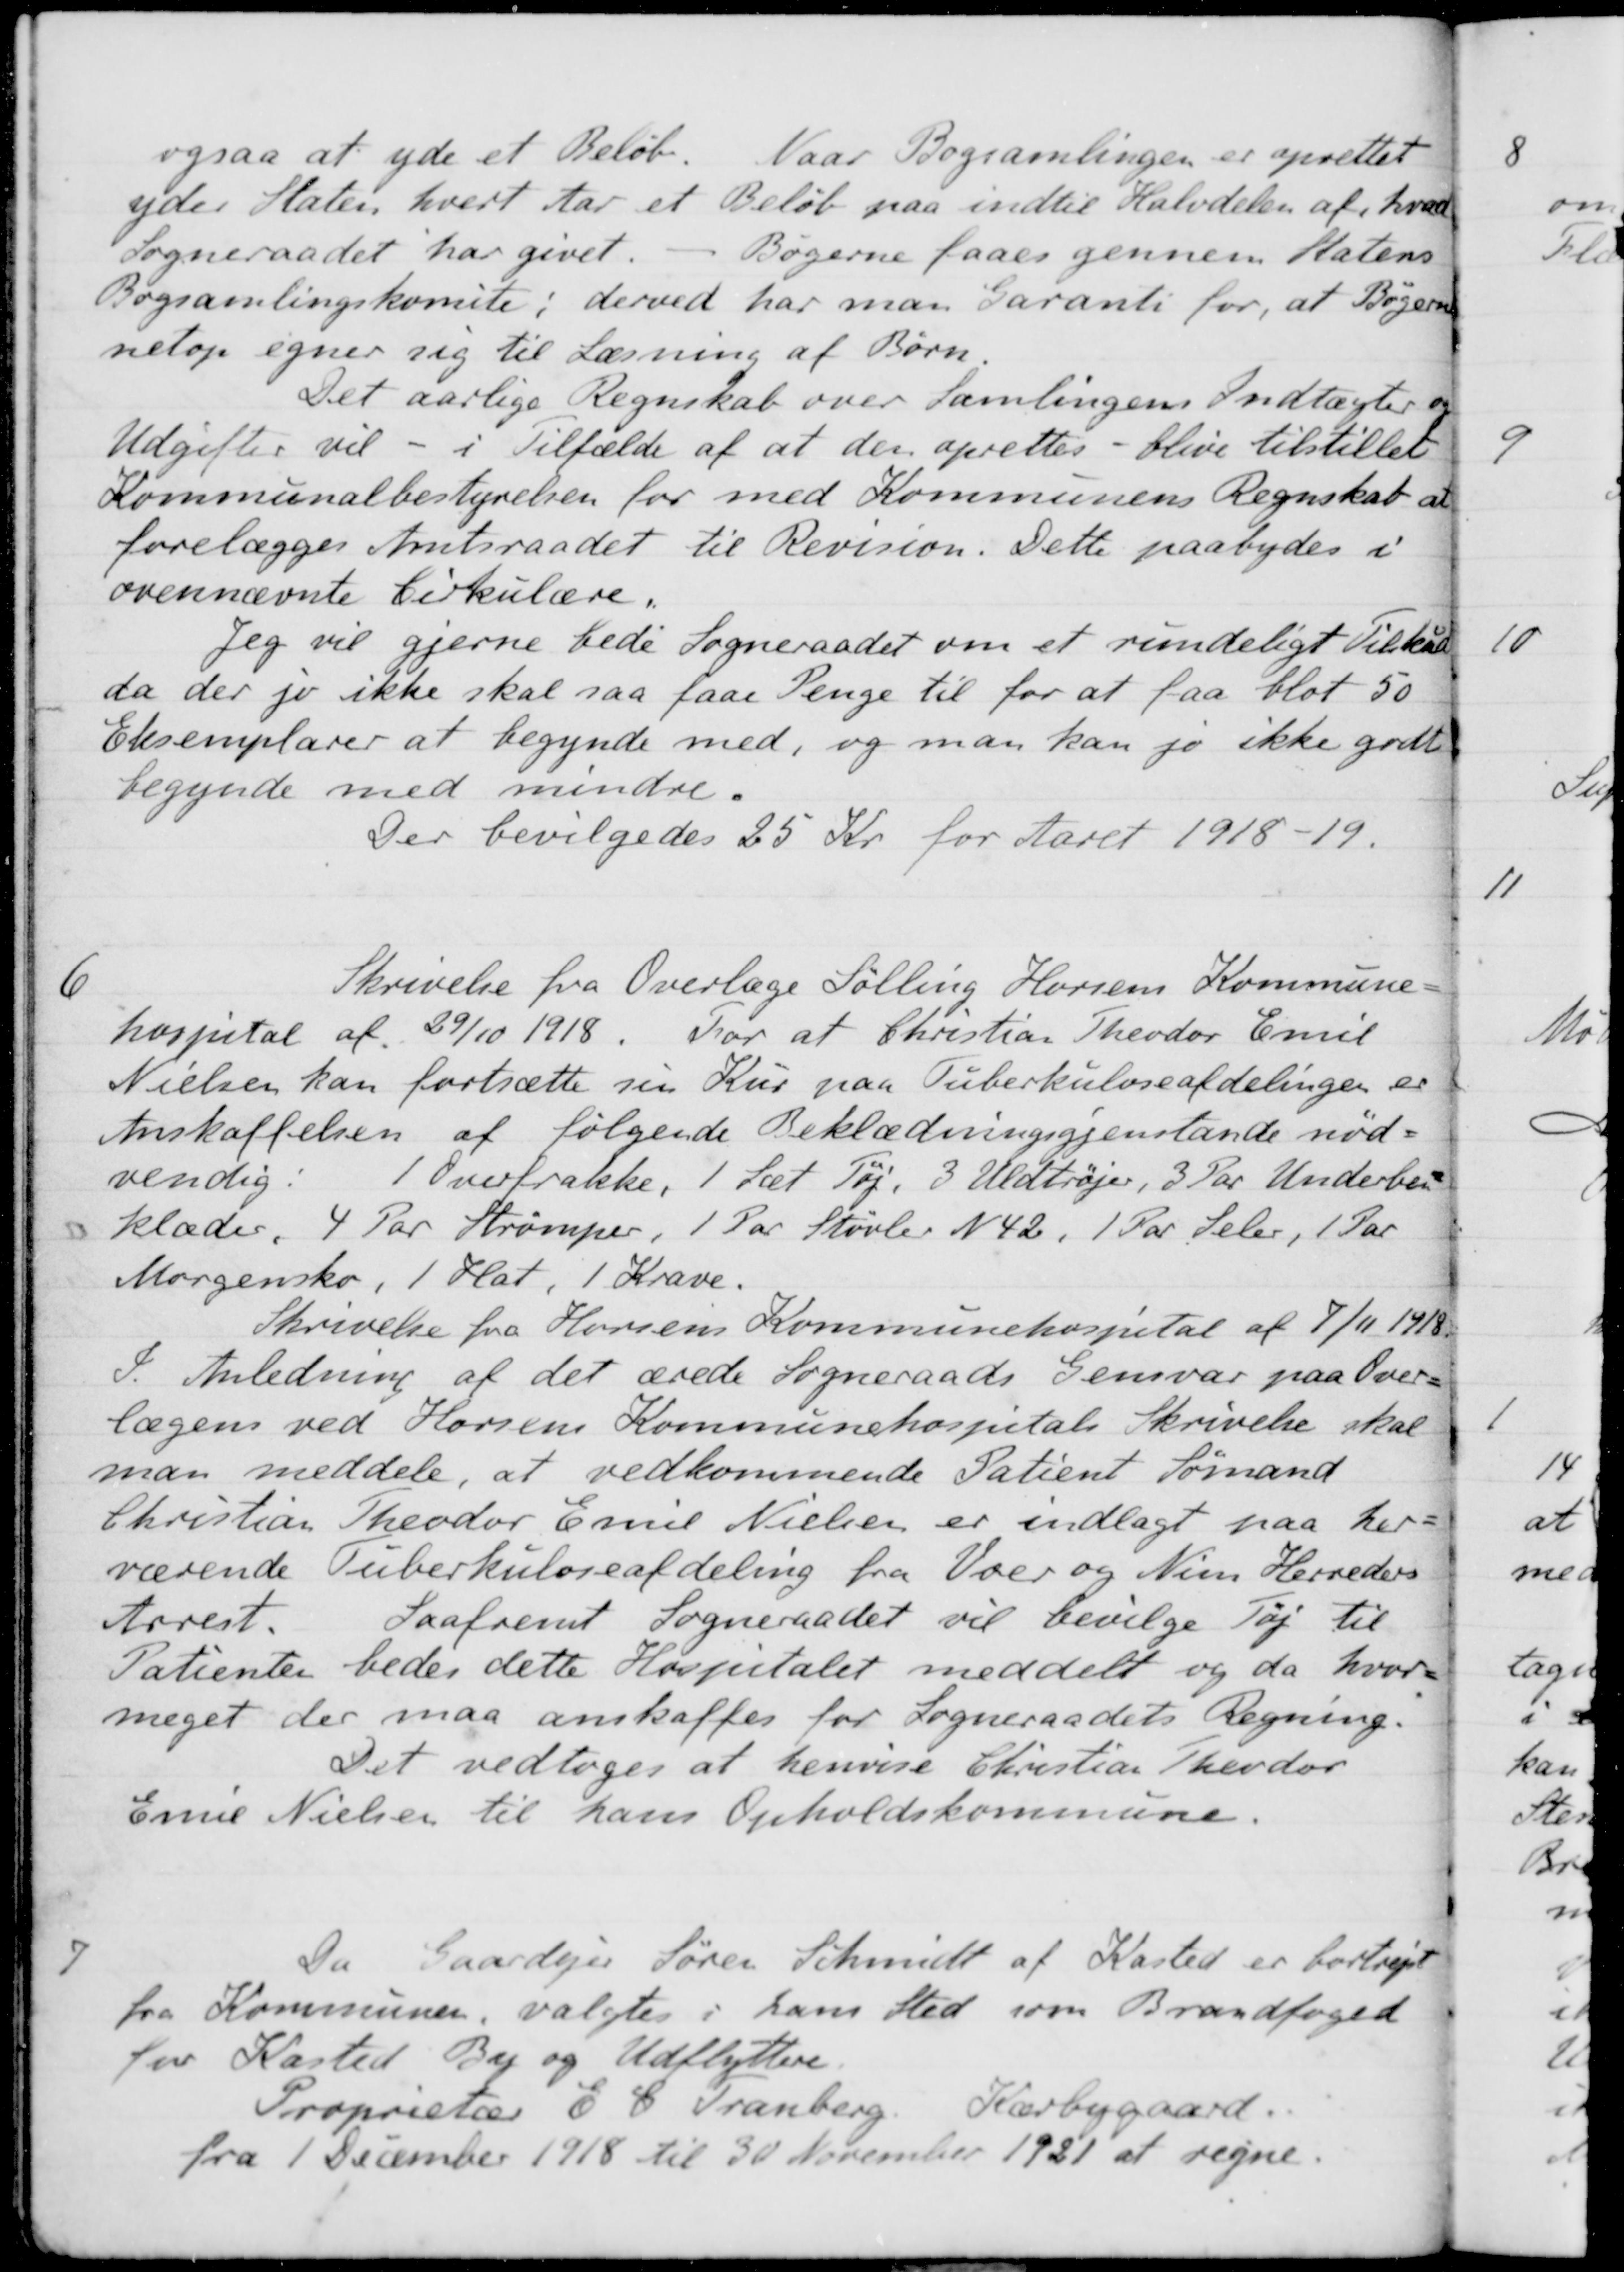
Transskription:
ogsaa at yde et Beløb. Naar Bogsamlingen er oprettet
yder Staten, hvert Aar et Beløb paa indtil Halvdelen af, hvor
Sogneraadet har givet. - Bøgerne faaes gennem Ratens
Bogsamlingskomite; derved har man Garanti for, at Bøger
netop egner sig til Læsning af Børn
Det aarlige Regnskab over Samlingens Indtægter
Udgifter vil - i Tilfælde af at den oprettes - blive tilstillet
Kommunalbestyrelsen for med Kommunens Regnskab at
forelægges Amtsraadet til Revision. Dette paabydes i
ovennævnte Cirkulære.
Jeg vil gjerne bede Sogneraadet om et rundeligt Tilskud
da der jo ikke skal saa faae Penge til for at faa blot 50
Eksemplarer at begynde med, og man kan jo ikke godt
begynde med mindre.
Der bevilgedes 25 Kr. for Aaret 1918-19.
6
Skrivelse fra Overlæge Sølling Horsens Kommune-
hospital af 29/10 1918. For at Christian Theodor Emil
Nielsen kan fortsætte sin Kur paa Tuberkuloseafdelingen er
Anskaffelsen af følgende Beklædningsgjenstande nød-
vendig: 1 Overfrakke, 1 Sæt Tøj, 3 Uldtrøjer, 3 Par Underbev
klæder, 4 Par Strømper, 1 Par Støvler N 42, 1 Par Seler, 1 Par
Morgensko, 1 Hat, 1 Krave.
Skrivelse fra Horsens Kommunehospital af 4/11 1918.
I Anledning af det ærede Sogneraads Gensvar paa Over-
lægens ved Horsens Kommunehospitals Skrivelse skal
man meddele, at vedkommende Patient Sømand
Christian Theodor Emil Nielsen er indlagt paa her-
værende Tuberkuloseafdeling fra Voer og Ninn Herreders
Arrest. Saafremt Sogneraadet vil bevilge Tøj til
Patienten bedes dette Hospitalet meddelt og da hvor
meget der maa anskaffes for Sogneraadets Regning.
Det vedtoges at henvise Christian Theodor
Ennie Nielsen til hans Opholdskommune.
7
Da Gaardejer Søren Schmidt af Kasted er bortreje
fra Kommunen, valgtes i hans Sted som Brandfoged
for Kasted By og Udflyttere.
Proprietær E. C. Tranberg, Kærbygaard.
fra 1 December 1918 til 30 November 1931 at regne